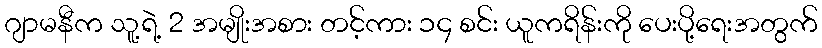
ဂျာမနီက သူ့ရဲ့ 2 အမျိုးအစား တင့်ကား ၁၄ စင်း ယူကရိန်းကို ပေးပို့ရေးအတွက်